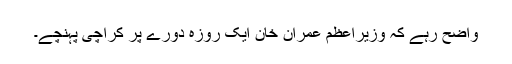
واضح رہے کہ وزیراعظم عمران خان ایک روزہ دورے پر کراچی پہنچے۔